Lunatic asylums Central Provinces reports 1874-1885 - 1874-1885
Year: 1874
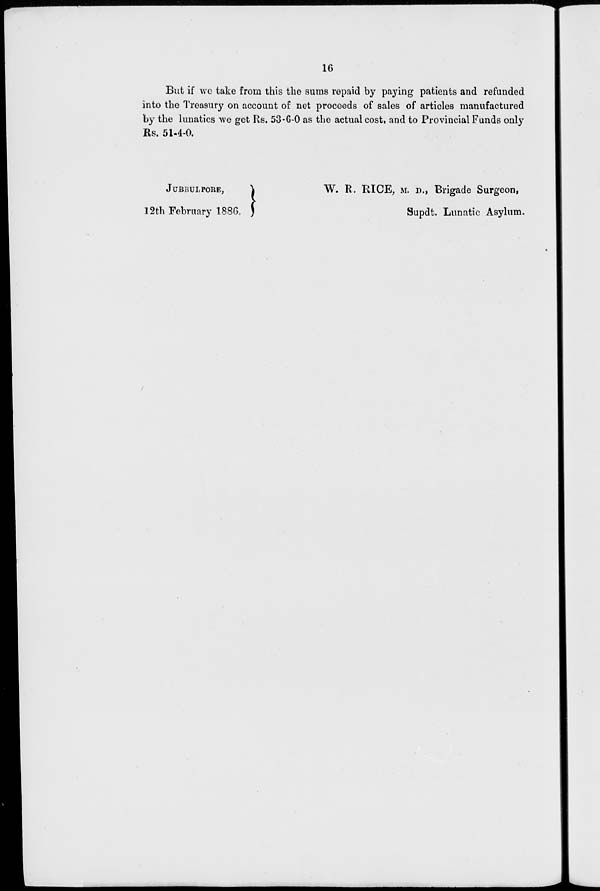
16
But if we take from this the sums repaid by paying patients and refunded
into the Treasury on account of net proceeds of sales of articles manufactured
by the lunatics we get Rs. 53-6-0 as the actual cost, and to Provincial Funds only
Rs. 51-4-0.
JUBBULPORE,
12th February 1886.
W. R. RICE, M. D., Brigade Surgeon,
Supdt. Lunatic Asylum.